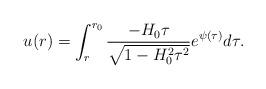
LaTeX: \begin{align*}u(r) =\int^{r_0}_{r}\frac{-H_{0}\tau}{\sqrt{1-H_0^2\tau^{2}}}e^{\psi( \tau)} d\tau.\end{align*}